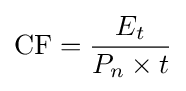
\mathrm {CF} ={\frac {E_{t}}{P_{n}\times t}}